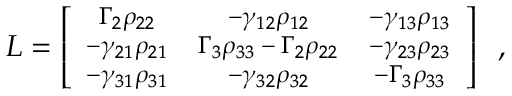
\footnotesize { \cal { L } } = \left[ \begin{array} { c c c c } { \Gamma _ { 2 } \rho _ { 2 2 } } & { - \gamma _ { 1 2 } \rho _ { 1 2 } } & { - \gamma _ { 1 3 } \rho _ { 1 3 } } \\ { - \gamma _ { 2 1 } \rho _ { 2 1 } } & { \Gamma _ { 3 } \rho _ { 3 3 } - \Gamma _ { 2 } \rho _ { 2 2 } } & { - \gamma _ { 2 3 } \rho _ { 2 3 } } \\ { - \gamma _ { 3 1 } \rho _ { 3 1 } } & { - \gamma _ { 3 2 } \rho _ { 3 2 } } & { - \Gamma _ { 3 } \rho _ { 3 3 } } \end{array} \right] \, \, \, ,